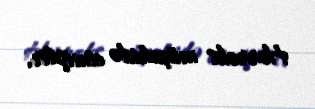
Horroks müşahidə etmişdir.